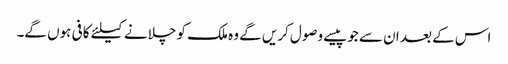
اس کے بعد ان سے جوپیسے وصول کریں گے وہ ملک کو چلانے کیلئے کافی ہوں گے۔